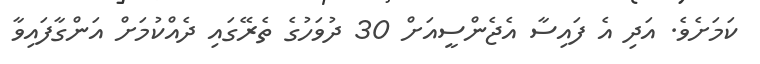
ކަމަށެވެ. އަދި އެ ފައިސާ އެޖެންސީއަށް 30 ދުވަހުގެ ތެރޭގައި ދެއްކުމަށް އަންގާފައިވާ